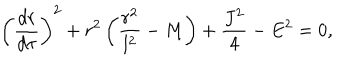
\left( \frac { d r } { d \tau } \right) ^ { 2 } + r ^ { 2 } \left( \frac { r ^ { 2 } } { l ^ { 2 } } - M \right) + \frac { J ^ { 2 } } { 4 } - E ^ { 2 } = 0 ,